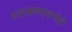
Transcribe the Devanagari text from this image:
अध्यक्षस्थानीही